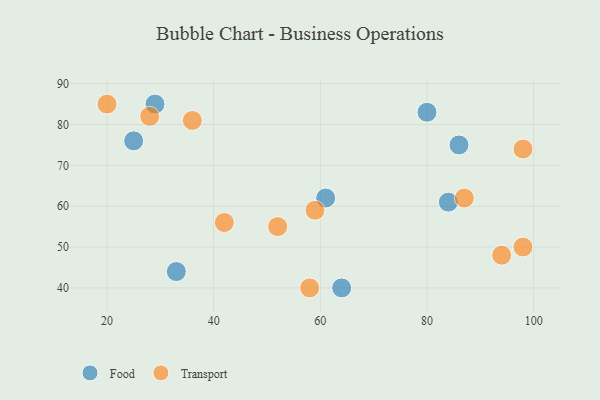
{"axis": {"x": "GDP", "y": "Life Expectancy"}, "legend": ["Food", "Transport"], "data": [{"x": "64", "y": 40, "type": "Food"}, {"x": "86", "y": 75, "type": "Food"}, {"x": "29", "y": 85, "type": "Food"}, {"x": "80", "y": 83, "type": "Food"}, {"x": "84", "y": 61, "type": "Food"}, {"x": "33", "y": 44, "type": "Food"}, {"x": "25", "y": 76, "type": "Food"}, {"x": "61", "y": 62, "type": "Food"}, {"x": "42", "y": 56, "type": "Transport"}, {"x": "98", "y": 50, "type": "Transport"}, {"x": "98", "y": 74, "type": "Transport"}, {"x": "58", "y": 40, "type": "Transport"}, {"x": "36", "y": 81, "type": "Transport"}, {"x": "20", "y": 85, "type": "Transport"}, {"x": "28", "y": 82, "type": "Transport"}, {"x": "52", "y": 55, "type": "Transport"}, {"x": "87", "y": 62, "type": "Transport"}, {"x": "59", "y": 59, "type": "Transport"}, {"x": "94", "y": 48, "type": "Transport"}]}